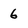
Character: 6